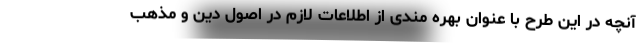
آنچه در این طرح با عنوان بهره مندی از اطلاعات لازم در اصول دین و مذهب